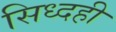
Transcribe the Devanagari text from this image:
सिध्दही